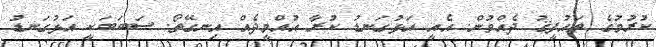
ކުރުމުގެ ތައުފީޤު ދެއްވުން. އެއީ އަޅުގަނޑު ކުރާ އުއްމީދެއް އިނގޭތޯ. ސަބަބަކީ އަޅުގަނޑު